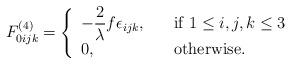
LaTeX: \begin{align*}F^{(4)}_{0ijk}=\left\{\begin{array}{ll}\displaystyle{-\frac{2}{\lambda}f\epsilon_{ijk}},\quad &\hbox{\rm if }1\leq i,j,k\leq 3\\0, & {\rm otherwise}.\end{array}\right.\end{align*}